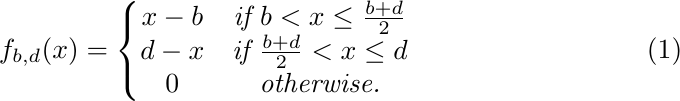
\begin{align}
	f_{b,d}(x)= \left\{\begin{matrix}
		x-b & \textit{if } b<x\leq \frac{b+d}{2}\\
		d-x & \textit{if }  \frac{b+d}{2}<x\leq d\\
		0 & \textit{otherwise.}
	\end{matrix}\right.
\end{align}